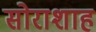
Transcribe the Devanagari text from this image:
सोराशाह